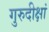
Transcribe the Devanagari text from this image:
गुरुदीक्षां